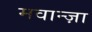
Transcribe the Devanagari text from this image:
मवान्ज़ा